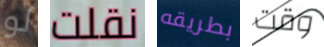
لو نقلت بطريقه وقت